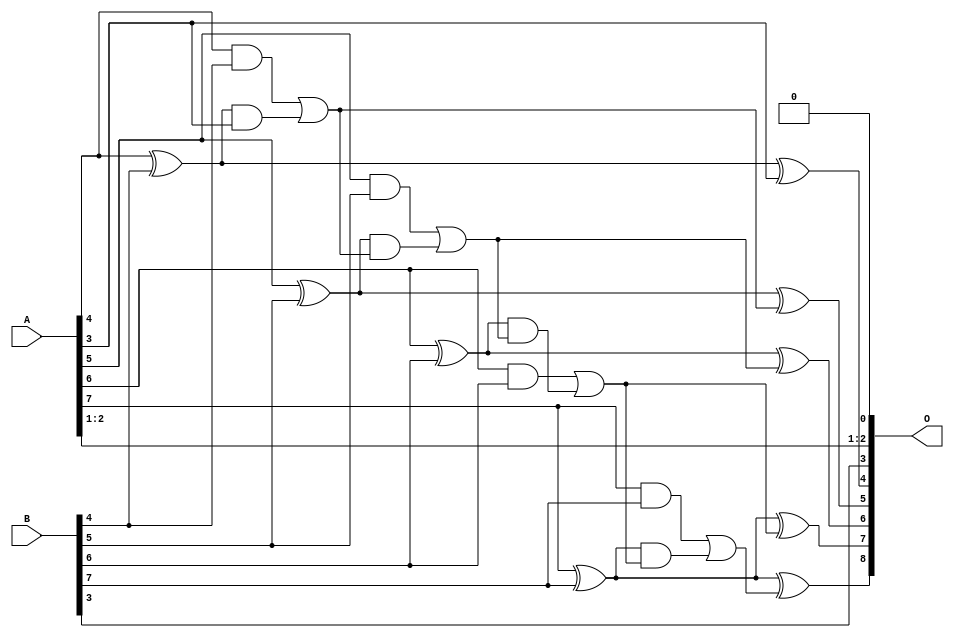
// This program was cloned from: https://github.com/ehw-fit/evoapproxlib
// License: MIT License

/***
* This code is a part of EvoApproxLib library (ehw.fit.vutbr.cz/approxlib) distributed under The MIT License.
* When used, please cite the following article(s): V. Mrazek, L. Sekanina, Z. Vasicek "Libraries of Approximate Circuits: Automated Design and Application in CNN Accelerators" IEEE Journal on Emerging and Selected Topics in Circuits and Systems, Vol 10, No 4, 2020 
* This file contains a circuit from a sub-set of pareto optimal circuits with respect to the pwr and wce parameters
***/
// MAE% = 1.56 %
// MAE = 4.0 
// WCE% = 3.12 %
// WCE = 8.0 
// WCRE% = 700.00 %
// EP% = 93.75 %
// MRE% = 16.11 %
// MSE = 22 
// PDK45_PWR = 0.019 mW
// PDK45_AREA = 39.9 um2
// PDK45_DELAY = 0.35 ns

module add8se_8ZU (
    A,
    B,
    O
);

input [7:0] A;
input [7:0] B;
output [8:0] O;

wire sig_33,sig_34,sig_35,sig_36,sig_37,sig_38,sig_39,sig_40,sig_41,sig_42,sig_43,sig_44,sig_45,sig_46,sig_47,sig_48,sig_49,sig_50,sig_51,sig_52;
wire sig_53,sig_54;

assign sig_33 = A[4] ^ B[4];
assign sig_34 = A[4] & B[4];
assign sig_35 = sig_33 & A[3];
assign sig_36 = sig_33 ^ A[3];
assign sig_37 = sig_34 | sig_35;
assign sig_38 = A[5] ^ B[5];
assign sig_39 = A[5] & B[5];
assign sig_40 = sig_38 & sig_37;
assign sig_41 = sig_38 ^ sig_37;
assign sig_42 = sig_39 | sig_40;
assign sig_43 = A[6] ^ B[6];
assign sig_44 = A[6] & B[6];
assign sig_45 = sig_43 & sig_42;
assign sig_46 = sig_43 ^ sig_42;
assign sig_47 = sig_44 | sig_45;
assign sig_48 = A[7] ^ B[7];
assign sig_49 = A[7] & B[7];
assign sig_50 = sig_48 & sig_47;
assign sig_51 = sig_48 ^ sig_47;
assign sig_52 = sig_49 | sig_50;
assign sig_53 = A[7] ^ B[7];
assign sig_54 = sig_53 ^ sig_52;

assign O[8] = sig_54;
assign O[7] = sig_51;
assign O[6] = sig_46;
assign O[5] = sig_41;
assign O[4] = sig_36;
assign O[3] = B[3];
assign O[2] = A[2];
assign O[1] = A[1];
assign O[0] = 1'b0;

endmodule